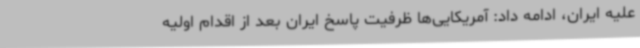
علیه ایران، ادامه داد: آمریکایی‌ها ظرفیت پاسخ ایران بعد از اقدام اولیه